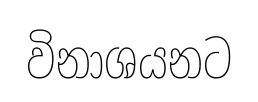
විනාශයනට